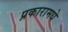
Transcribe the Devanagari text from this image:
प्रकारामधे